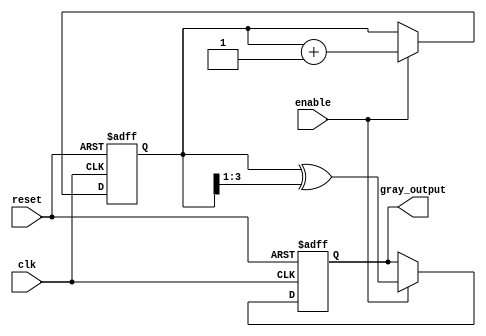
module gray_counter (
    input wire clk,
    input wire reset,
    input wire enable,
    output reg [3:0] gray_output
);

reg [3:0] count;

always @(posedge clk or posedge reset) begin
    if (reset) begin
        count <= 4'b0000;
        gray_output <= 4'b0000;
    end else if (enable) begin
        count <= count + 4'b0001;
        gray_output <= count ^ (count >> 1);
    end
end

endmodule